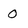
Character: 0